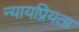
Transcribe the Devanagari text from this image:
न्‍यायप्रियता